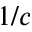
1 / c